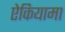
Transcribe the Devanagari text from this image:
ऐकियामा